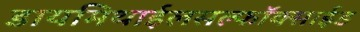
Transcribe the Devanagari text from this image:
डायमिथाईलसल्फॉक्साईड